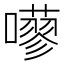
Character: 𡂕